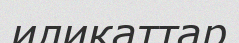
иликаттар